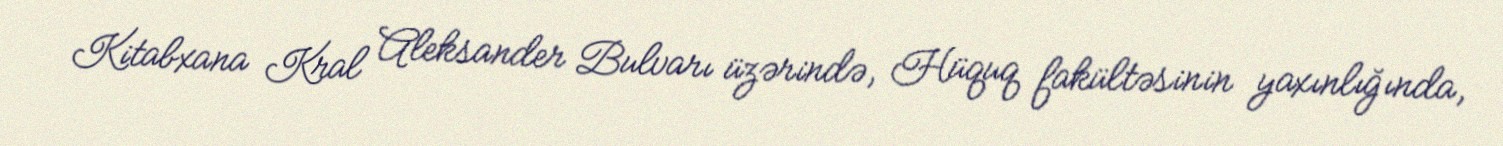
Kitabxana Kral Aleksander Bulvarı üzərində, Hüquq fakültəsinin yaxınlığında,